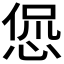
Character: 𫺛